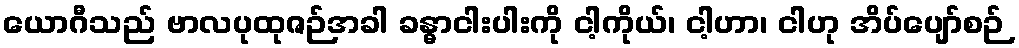
ယောဂီသည် ဗာလပုထုဇဉ်အခါ ခန္ဓာငါးပါးကို ငါ့ကိုယ်၊ ငါ့ဟာ၊ ငါဟု အိပ်ပျော်စဉ်